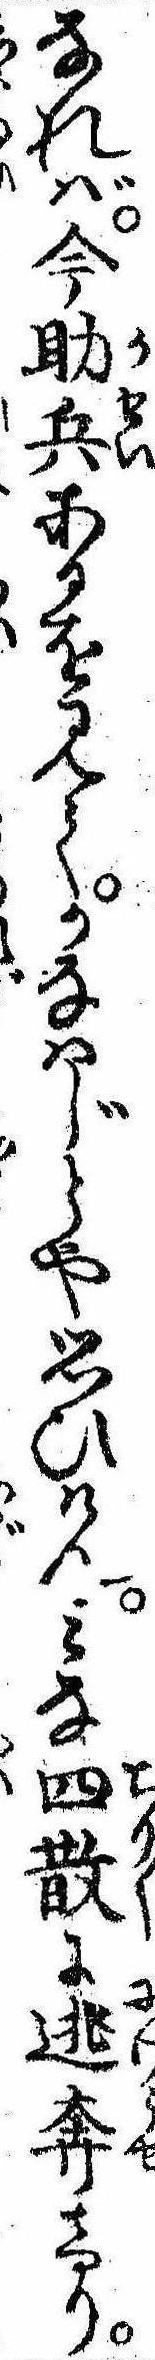
なれば今助兵あるを見てかなはじとや思ひけんみな四散に逃奔けり